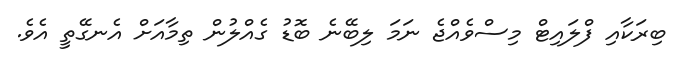
ބިރަކާއި ފްލައިޓް މިސްވެއްޖެ ނަމަ ލިބޭނެ ބޮޑު ގެއްލުން ތިމާއަށް އެނގޭތީ އެވެ.